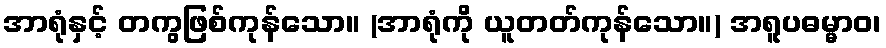
အာရုံနှင့် တကွဖြစ်ကုန်သော။ (အာရုံကို ယူတတ်ကုန်သော။) အရူပဓမ္မာဝ၊